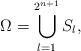
LaTeX: \begin{align*}\Omega= \bigcup_{l=1}^{2^{n+1}} S_l,\end{align*}